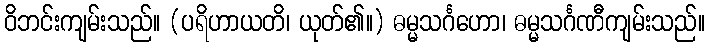
ဝိဘင်းကျမ်းသည်။ (ပရိဟာယတိ၊ ယုတ်၏။) ဓမ္မသင်္ဂဟော၊ ဓမ္မသင်္ဂဏီကျမ်းသည်။